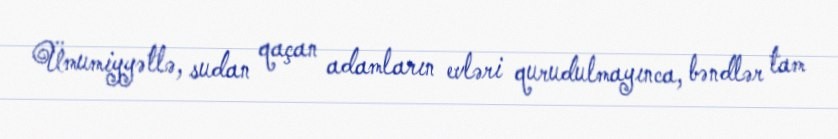
Ümumiyyətlə, sudan qaçan adamların evləri qurudulmayınca, bəndlər tam